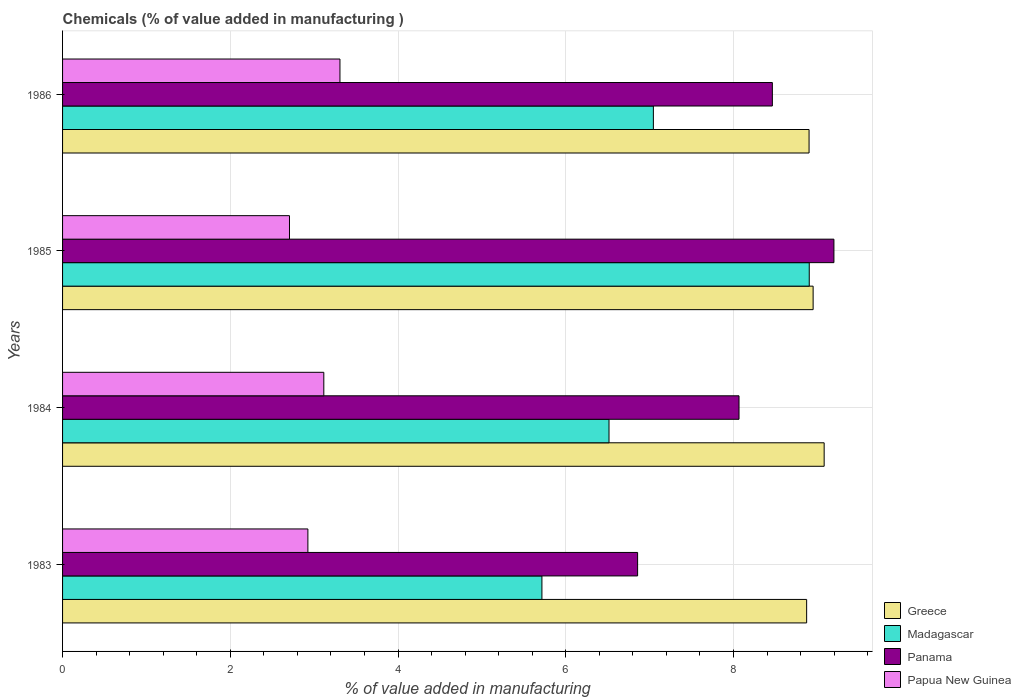
| Years | Greece | Madagascar | Panama | Papua New Guinea |
 | --- | --- | --- | --- | --- |
 | 1983 | 8.87 | 5.72 | 6.86 | 2.93 |
 | 1984 | 9.08 | 6.52 | 8.07 | 3.12 |
 | 1985 | 8.95 | 8.9 | 9.2 | 2.71 |
 | 1986 | 8.9 | 7.04 | 8.46 | 3.31 |